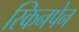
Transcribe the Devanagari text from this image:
स्किनपेन